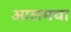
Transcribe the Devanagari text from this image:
आलमचा